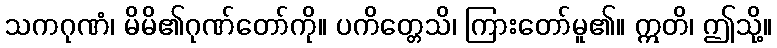
သကဂုဏံ၊ မိမိ၏ဂုဏ်တော်ကို။ ပကိတ္တေသိ၊ ကြားတော်မူ၏။ ဣတိ၊ ဤသို့။